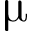
\upmu